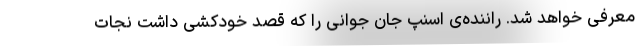
معرفی خواهد شد. راننده‌ی اسنپ جان جوانی را که قصد خودکشی داشت نجات